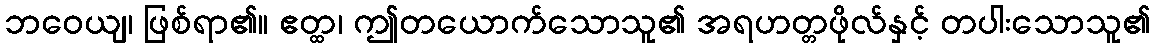
ဘဝေယျ၊ ဖြစ်ရာ၏။ ဧတ္ထ၊ ဤတယောက်သောသူ၏ အရဟတ္တဖိုလ်နှင့် တပါးသောသူ၏